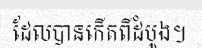
ដែលបានកើតពីដំបូង។